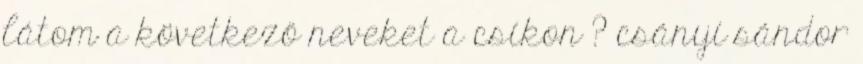
látom a következő neveket a csíkon ? csányi sándor